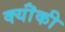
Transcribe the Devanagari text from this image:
क्यॊंकी